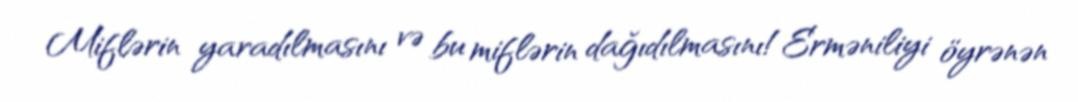
Miflərin yaradılmasını və bu miflərin dağıdılmasını!Erməniliyi öyrənən